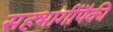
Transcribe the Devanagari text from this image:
सहभागींपैकी